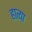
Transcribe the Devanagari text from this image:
हात्या